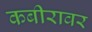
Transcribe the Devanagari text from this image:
कबीरावर